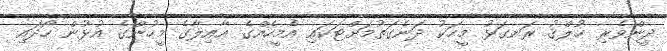
ދީންވެރި ޚުލްޤު ރަނގަޅު މީހަކު ދަނެގަތުމަށްޓަކައި އެމީހެއްގެ ޢާއިލާގެ މީހުންގެ އުޅުން ހޯދައި